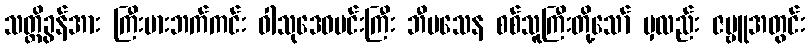
သတ္တိခွန်အား ကြီးမားဘက်ကင်း ဝါသုဒေဝမင်းကြီး ဘီမသေန စစ်သူကြီးတို့သော် မှလည်း ဇမ္ဗူအတွင်း